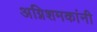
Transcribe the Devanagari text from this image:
अग्निशमकांनी